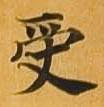
受